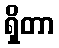
ရှိတာ